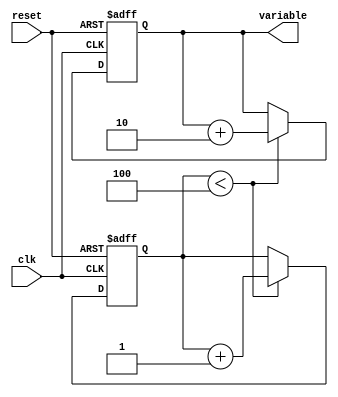
module IncrementalForLoop (
    input wire clk,
    input wire reset,
    output reg [7:0] variable
);

reg [2:0] iterations;
reg [7:0] step = 2; // Define step value

always @ (posedge clk or posedge reset) begin
    if (reset) begin
        variable <= 0;
        iterations <= 0;
    end else begin
        if (iterations < 4) begin // Define desired number of iterations
            variable <= variable + step;
            iterations <= iterations + 1;
        end
    end
end

endmodule